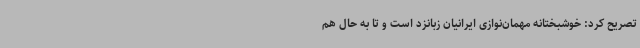
تصریح کرد: خوشبختانه مهمان‌نوازی ایرانیان زبانزد است و تا به حال هم